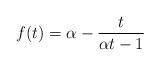
LaTeX: \begin{align*}f(t) = \alpha - \frac{t}{\alpha t - 1}\end{align*}